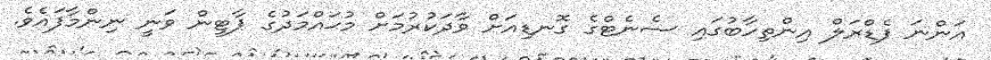
އަންނަ ފެޑްރަލް އިންތިހާބުގައި ސެނެޓްގެ ގޮނޑިއަށް ވާދަކުރުމަށް މުޙައްމަދުގެ ޕާޓީން ވަނީ ނިންމާފައެވެ.